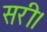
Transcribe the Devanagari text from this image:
सरी।